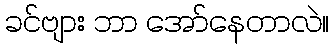
ခင်ဗျား ဘာ အော်နေတာလဲ။